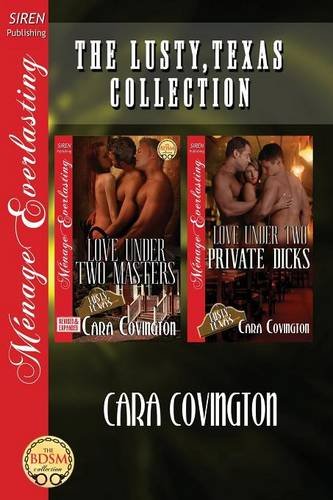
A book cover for The Lusty, Texas Collection [Love Under Two Masters: Love Under Two Private Dicks] (Siren Publishing Menage Everlasting); Cara Covington; Romance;